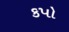
કપો